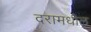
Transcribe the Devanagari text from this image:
दरामधील